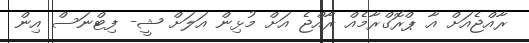
ރާއްޖެއަށް އާ ޕްރޮގްރާމެއް ރާއްޖެ އަށް މުޅިން އަލަށް ޝީ- ފިޓްނަސް އިން